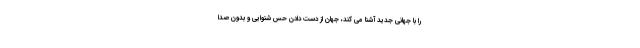
را با جهانی جدید آشنا می کند، جهان از دست دادن حس شنوایی و بدون صدا